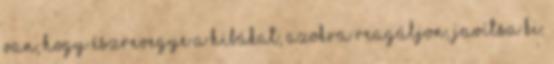
van, hogy észrevegye a hibákat, azokra reagáljon, javítsa ki.